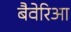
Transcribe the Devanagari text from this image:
बैवेरिआ